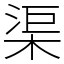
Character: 渠